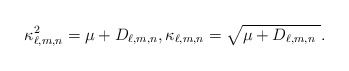
\begin{align*}\kappa _{\ell,m,n}^{2}=\mu +D_{\ell,m,n}, \kappa _{\ell,m,n}=\sqrt{\mu +D_{\ell,m,n} \ }.\end{align*}